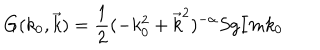
G ( k _ { 0 } , \vec { k } ) = \frac { 1 } { 2 } ( - k _ { 0 } ^ { 2 } + \vec { k } ^ { 2 } ) ^ { - \alpha } S g I m k _ { 0 }